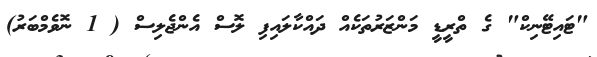
"ޓައިޓޭނިކް" ގެ ތްރީޑީ މަންޒަރުތަކެއް ދައްކާލައިފި ލޮސް އެންޖެލިސް ( 1 ނޮވެމްބަރު)